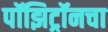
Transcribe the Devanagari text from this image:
पॉझिट्रॉनचा